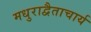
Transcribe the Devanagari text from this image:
मधुराद्वैताचार्य